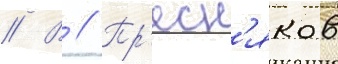
// В // Пр'есн'яков